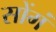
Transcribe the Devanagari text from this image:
सोंगं